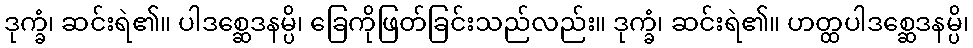
ဒုက္ခံ၊ ဆင်းရဲ၏။ ပါဒစ္ဆေဒနမ္ပိ၊ ခြေကိုဖြတ်ခြင်းသည်လည်း။ ဒုက္ခံ၊ ဆင်းရဲ၏။ ဟတ္ထပါဒစ္ဆေဒနမ္ပိ၊